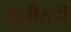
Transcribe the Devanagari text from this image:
मुलीसही